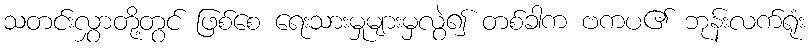
သတင်းလွှာတို့တွင် ဖြစ်စေ ရေးသားမှုများမှလွဲ၍ တစ်ခါက ဗကပ၏ ဘုန်းလက်ရုံး